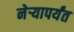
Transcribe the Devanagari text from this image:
नेऱ्यापर्यंत